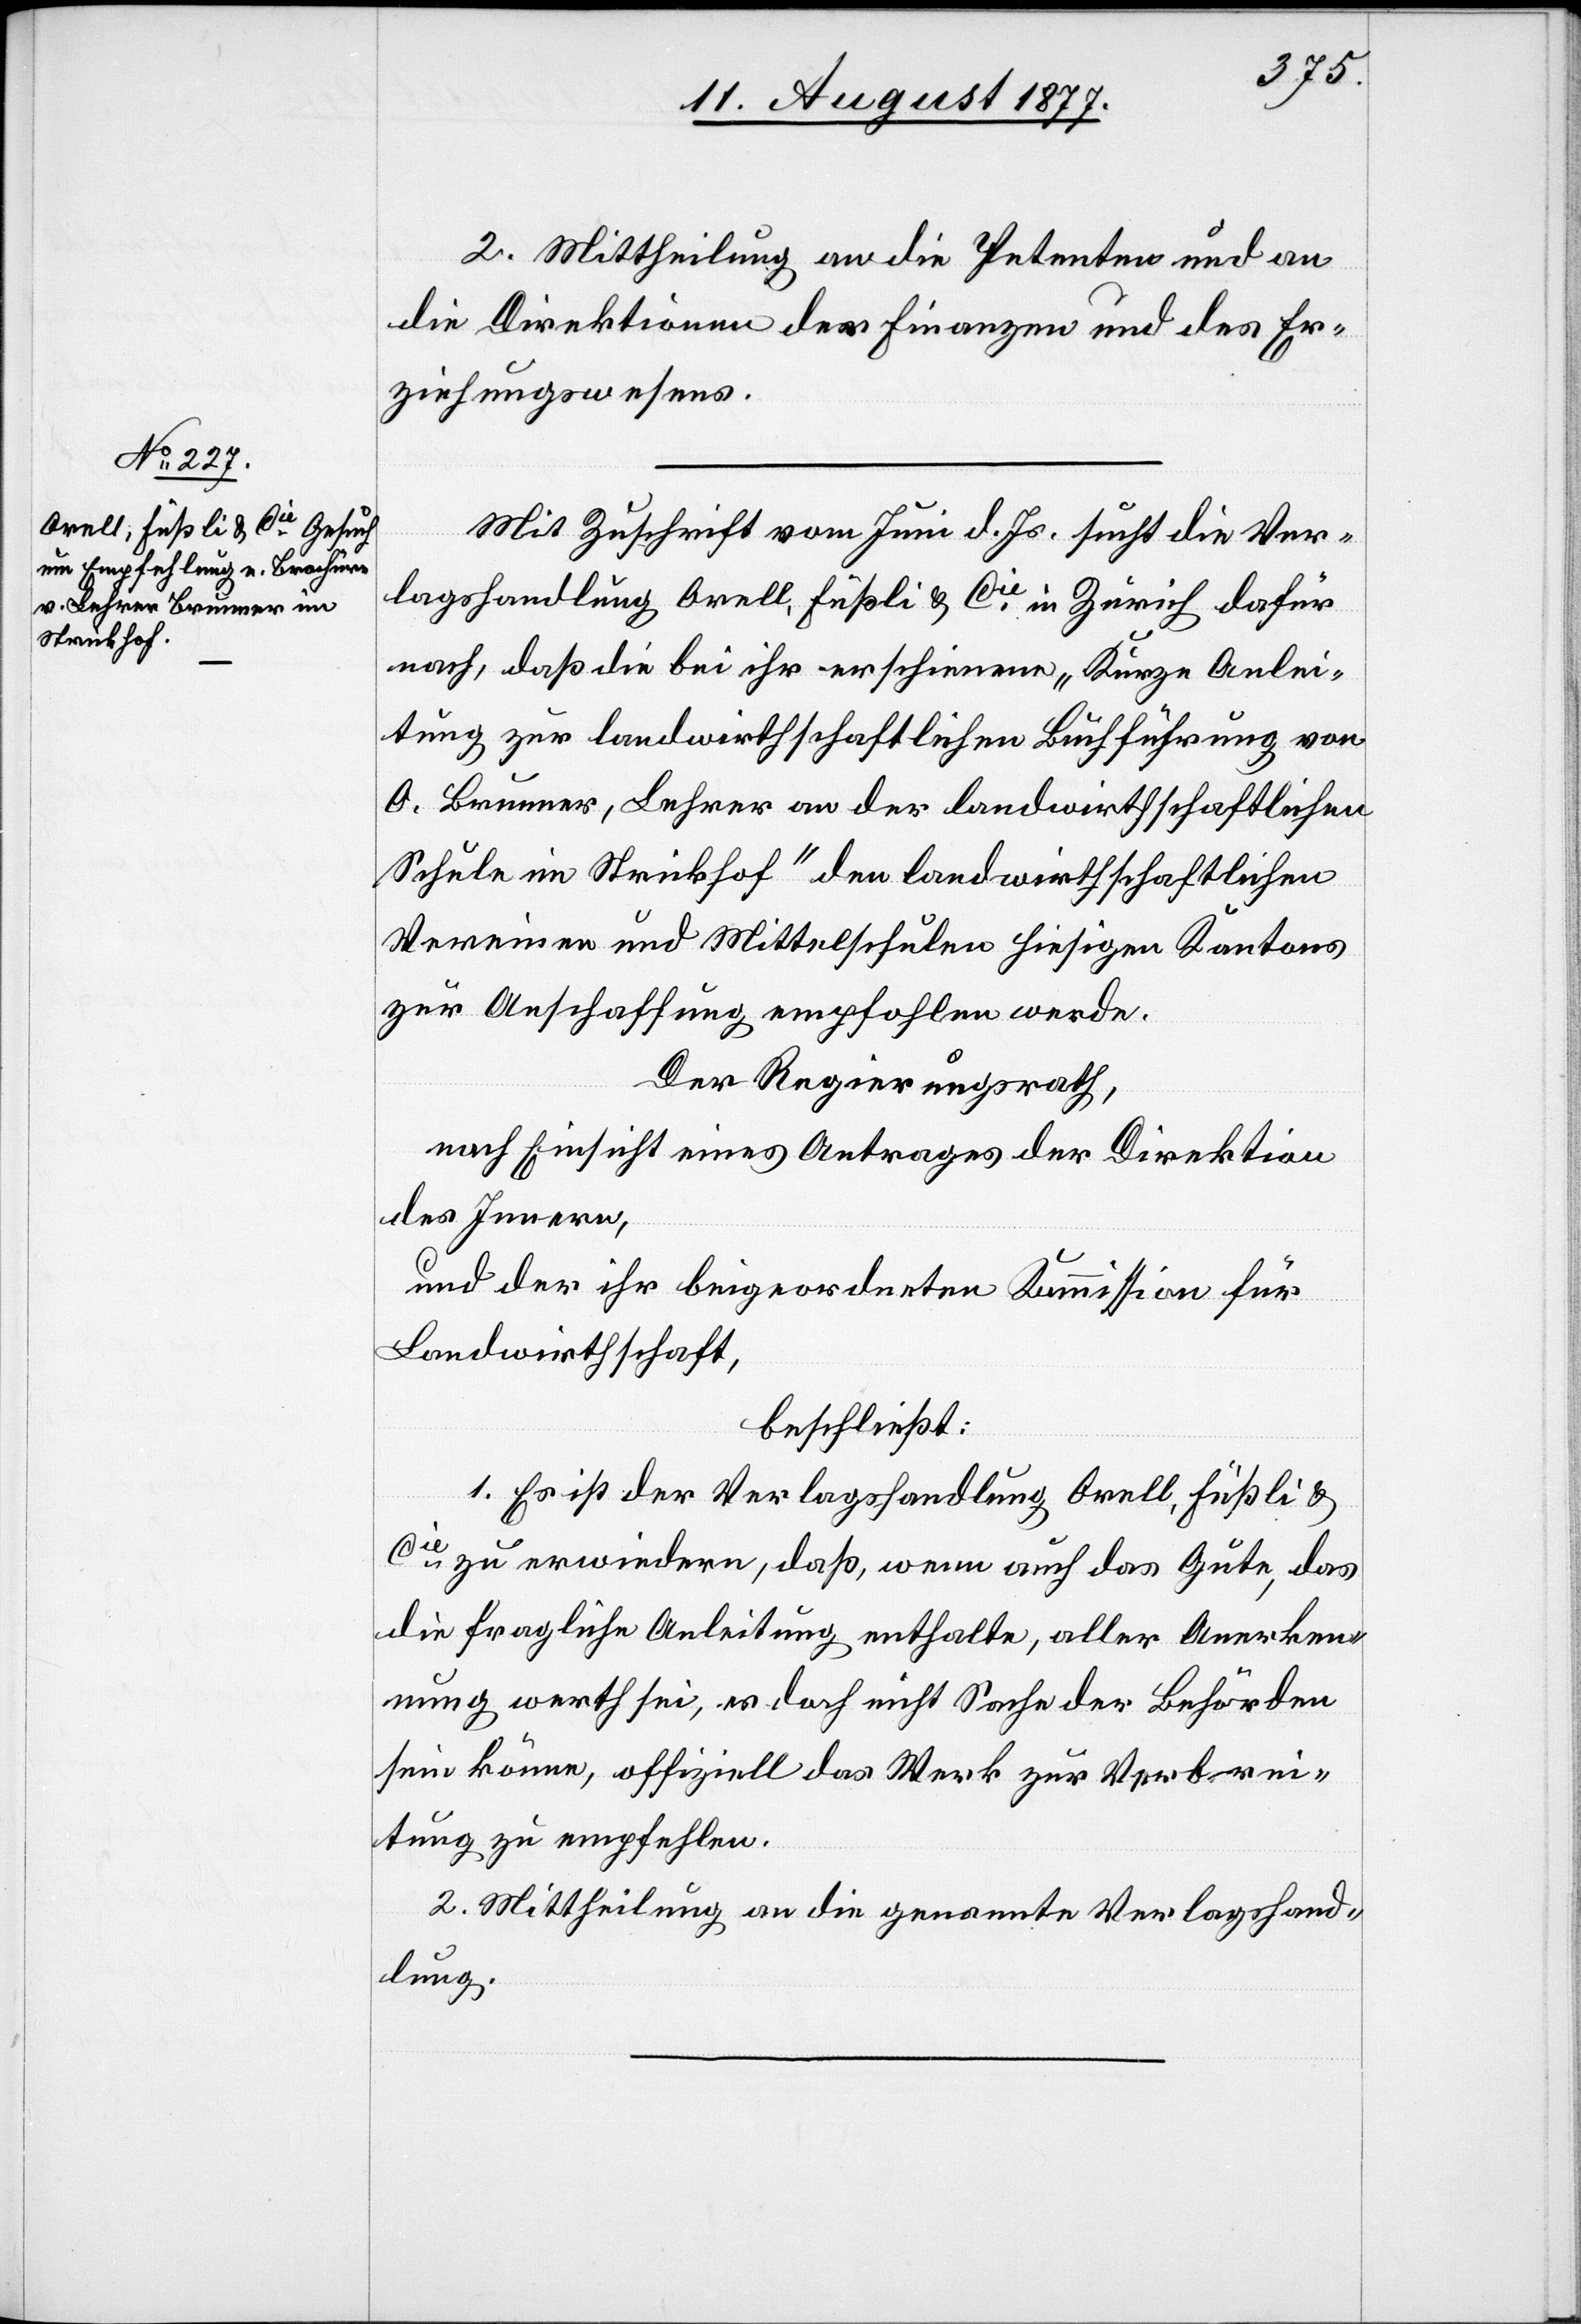
2. Mittheilung an die Petenten und an
die Direktionen der Finanzen und des Er¬
ziehungswesens.
Mit Zuschrift vom Juni d. Js. sucht die Ver¬
lagshandlung Orell, Füßli & Cie in Zürich dafür
nach, daß die bei ihr erschienene „Kurze Anlei¬
tung zur landwirthschaftlichen Buchführung von
O. Brunner, Lehrer an der landwirthschaftlichen
Schule im Strickhof“ den landwirthschaftlichen
Vereinen und Mittelschulen hiesigen Kantons
zur Anschaffung empfohlen werde.
Der Regierungsrath,
nach Einsicht eines Antrages der Direktion
des Innern,
und der ihr beigeordneten Kommission für
Landwirthschaft,
beschließt:
1. Es ist der Verlagshandlung Orell, Füßli &
Cie zu erwiedern, daß, wenn auch das Gute, das
die fragliche Anleitung enthalte, aller Anerken¬
nung werth sei, es doch nicht Sache der Behörden
sein könne, offiziell das Werk zur Verbrei¬
tung zu empfehlen.
2. Mittheilung an die genannte Verlagshand¬
lung.